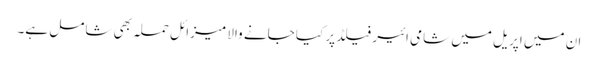
ان میں اپریل میں شامی ائیر فیلڈ پر کیا جانے والا میزائل حملہ بھی شامل ہے۔